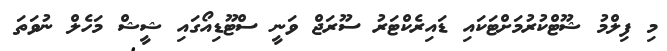
މި ފިލްމު ޝޫޓްކުރުމަށްޓަކައި ޑައިރެކްޓަރު ސޫރަޖް ވަނީ ސްޓޫޑިއޯގައި ޝީޝް މަހެލް ނުވަތަ